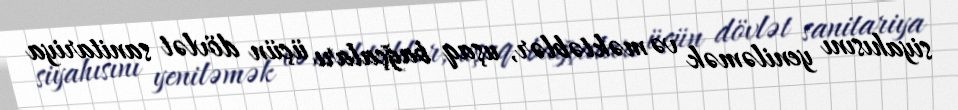
siyahısını yeniləmək və məktəblər, uşaq bağçaları üçün dövlət sanitariya